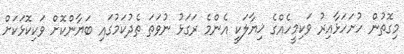
މިގޮތުން ހުށަހަޅާއިރު ވަކިމީހެއްގެ ޚިޔާލަކީ އެންމެ ރަގަޅު ނުވަތަ ތެދުކަމުގައި ބަޔާންކޮށް ވަކިކޮޅަކަށް